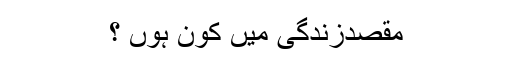
مقصدِزندگی میں کون ہوں ؟